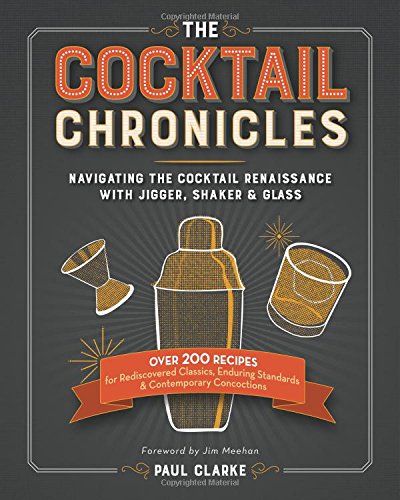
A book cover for The Cocktail Chronicles: Navigating the Cocktail Renaissance with Jigger, Shaker & Glass; Paul Clarke; Cookbooks, Food & Wine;